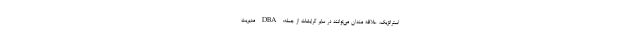
استراتژیک، علاقه مندان می‌توانند در سایر گرایشات از جمله: DBA مدیریت